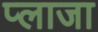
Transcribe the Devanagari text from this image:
प्‍लाजा